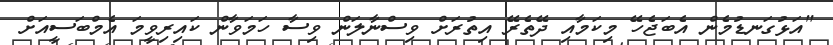
"އަޅުގަނޑުމެން އެބަޖެހޭ މިކަމާއި ދޭތެރޭ އިތުރަށް ވިސްނާލަން ވިސާ ހަމަވާން ކައިރިވީމަ އެމްބަސީއަށް